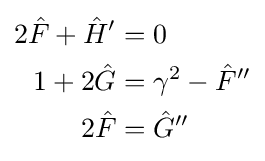
{\begin{aligned}2{\hat {F}}+{\hat {H}}'&=0\\1+2{\hat {G}}&=\gamma ^{2}-{\hat {F}}''\\2{\hat {F}}&={\hat {G}}''\end{aligned}}